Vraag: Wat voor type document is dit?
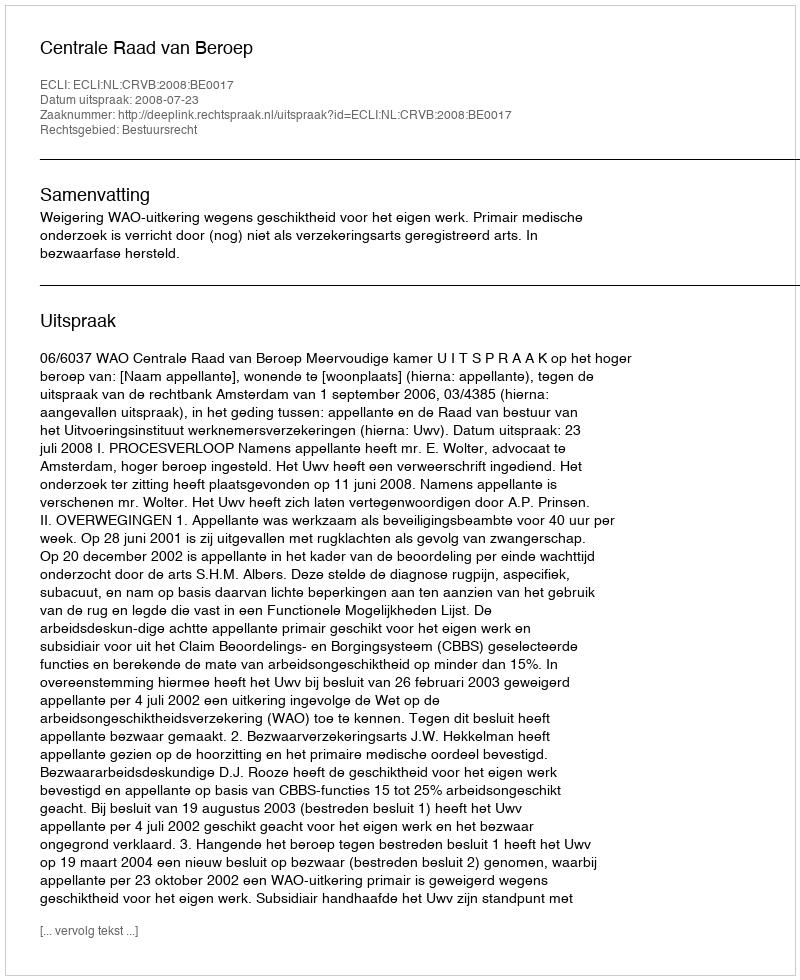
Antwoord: Uitspraak